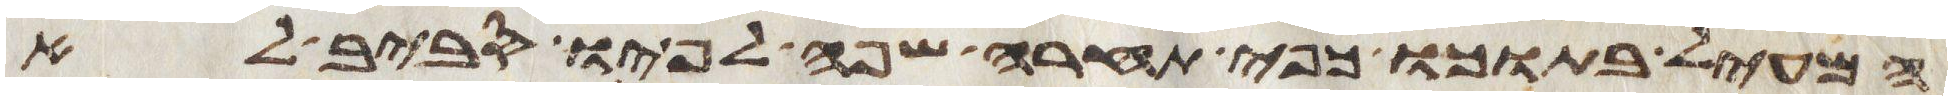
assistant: המעיל בתוכו כפי תחרה שפה לפיו סביב לא